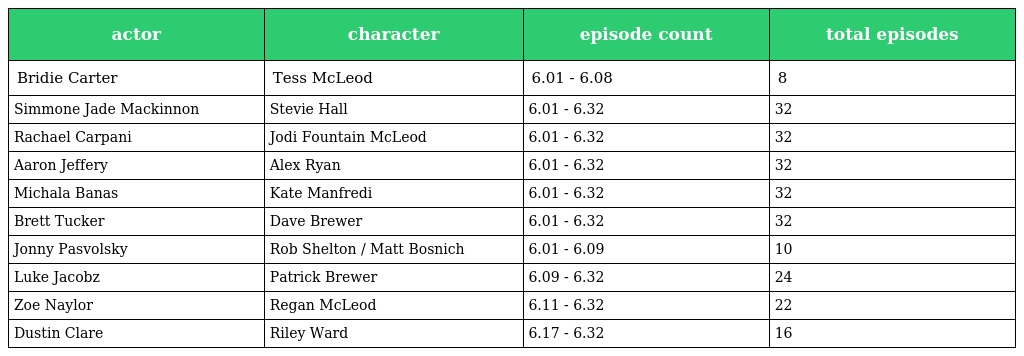
| actor | character | episode count | total episodes |
 | --- | --- | --- | --- |
 | Bridie Carter | Tess McLeod | 6.01 - 6.08 | 8 |
 | Simmone Jade Mackinnon | Stevie Hall | 6.01 - 6.32 | 32 |
 | Rachael Carpani | Jodi Fountain McLeod | 6.01 - 6.32 | 32 |
 | Aaron Jeffery | Alex Ryan | 6.01 - 6.32 | 32 |
 | Michala Banas | Kate Manfredi | 6.01 - 6.32 | 32 |
 | Brett Tucker | Dave Brewer | 6.01 - 6.32 | 32 |
 | Jonny Pasvolsky | Rob Shelton / Matt Bosnich | 6.01 - 6.09 | 10 |
 | Luke Jacobz | Patrick Brewer | 6.09 - 6.32 | 24 |
 | Zoe Naylor | Regan McLeod | 6.11 - 6.32 | 22 |
 | Dustin Clare | Riley Ward | 6.17 - 6.32 | 16 |